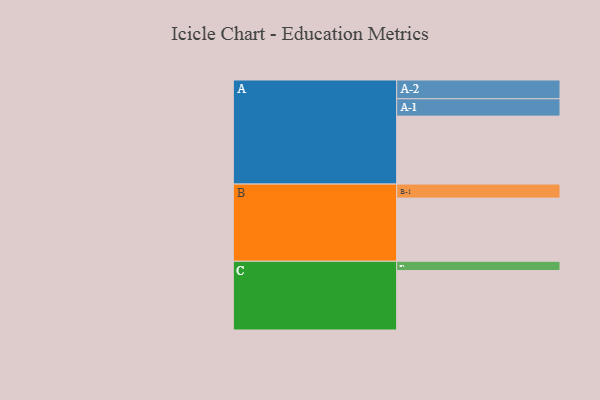
{"axis": {"x": "Segment", "y": "Value"}, "legend": ["", "A", "B", "C"], "data": [{"x": "A", "y": 525, "type": ""}, {"x": "B", "y": 488, "type": ""}, {"x": "C", "y": 459, "type": ""}, {"x": "A-1", "y": 134, "type": "A"}, {"x": "A-2", "y": 145, "type": "A"}, {"x": "B-1", "y": 108, "type": "B"}, {"x": "C-1", "y": 72, "type": "C"}]}